Source: Handwritten
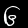
Digit: ၆ (6)